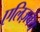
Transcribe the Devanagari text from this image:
एलिज़वेथ